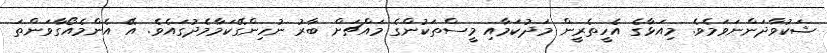
ޝަކުވާދަންނަވަމެވެ. މިއަޅާގެ އެހީތެރީން މަދުކަމާއި މީސްތަކުންގެ މައްޗަށް ބާރު ނުހިންގޭކަމާމެދުގައެވެ. އޭ އެންމެއޯގާވަންތަ